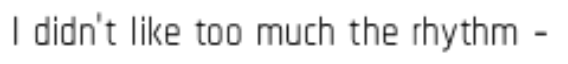
I didn't like too much the rhythm -